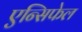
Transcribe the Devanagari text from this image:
एन्सिफेल